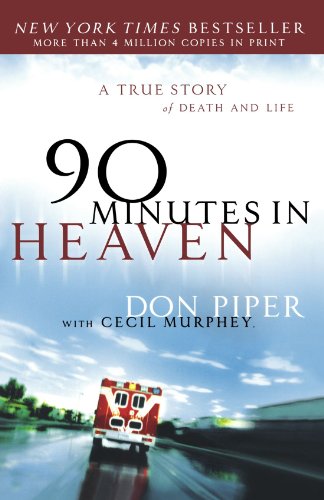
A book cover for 90 Minutes in Heaven: A True Story of Death and Life; Don Piper; Biographies & Memoirs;